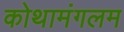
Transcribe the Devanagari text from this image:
कोथामंगलम